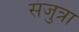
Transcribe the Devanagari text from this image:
संजुत्रा